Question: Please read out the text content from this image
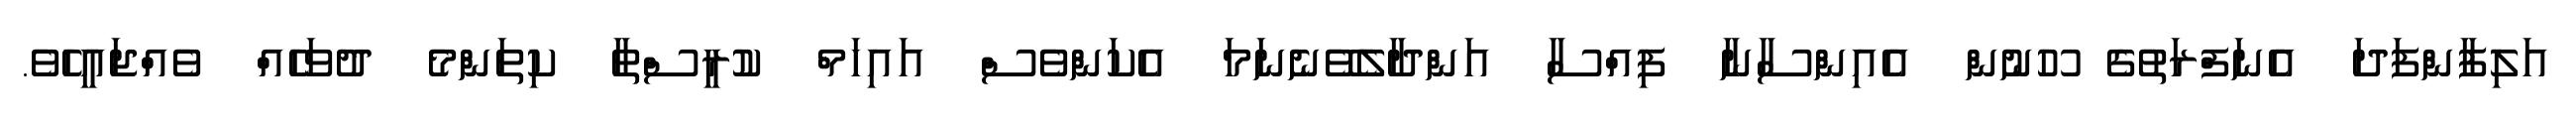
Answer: އަލިފާންފަދަ އެނަފްރަތުގެ ހޫނުން އެއިންސާނާ ފިއްސާ އަންދާލެވޭނެނަމަ އެކަންވެސް އައިހަމް ކުރީސްތާ ކިތަންމެ ދުވަހެއް ވެއްޖައީހެވެ.